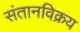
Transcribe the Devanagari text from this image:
संतानविक्रय